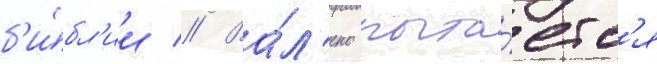
б'и́бл'ии // Ва́л'ено пыта́етс'я